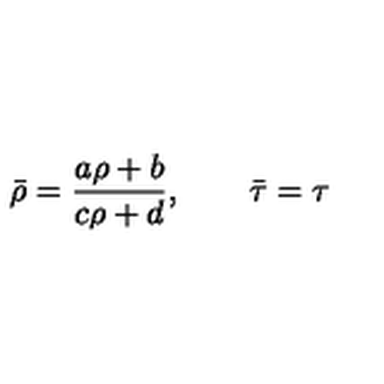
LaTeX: \bar { \rho } = \frac { a \rho + b } { c \rho + d } , \qquad \bar { \tau } = \tau